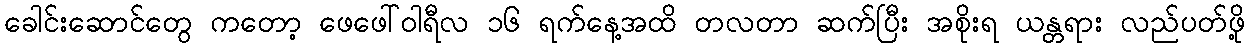
ခေါင်းဆောင်တွေ ကတော့ ဖေဖေါ်ဝါရီလ ၁၆ ရက်နေ့အထိ တလတာ ဆက်ပြီး အစိုးရ ယန္တရား လည်ပတ်ဖို့